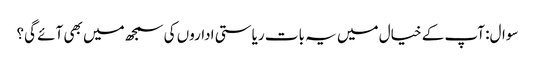
سوال: آپ کے خیال میں یہ بات ریاستی اداروں کی سمجھ میں بھی آئے گی؟